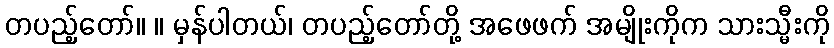
တပည့်တော်။ ။ မှန်ပါတယ်၊ တပည့်တော်တို့ အဖေဖက် အမျိုးကိုက သားသ္မီးကို